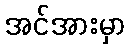
အင်အားမှာ